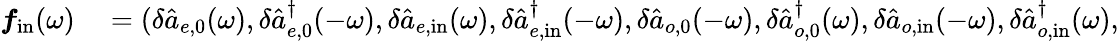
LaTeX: \begin{array}{rl}{\boldsymbol{f}_{\mathrm{in}}(\omega)}&{{}=(\delta\hat{a}_{e,\mathrm{0}}(\omega),\delta\hat{a}_{e,\mathrm{0}}^{\dagger}(-\omega),\delta\hat{a}_{e,\mathrm{in}}(\omega),\delta\hat{a}_{e,\mathrm{in}}^{\dagger}(-\omega),\delta\hat{a}_{o,\mathrm{0}}(-\omega),\delta\hat{a}_{o,\mathrm{0}}^{\dagger}(\omega),\delta\hat{a}_{o,\mathrm{in}}(-\omega),\delta\hat{a}_{o,\mathrm{in}}^{\dagger}(\omega),}\end{array}